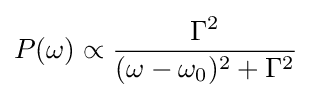
P(\omega )\propto {\frac {\Gamma ^{2}}{(\omega -\omega _{0})^{2}+\Gamma ^{2}}}